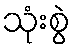
သုံးစွဲ